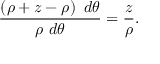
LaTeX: { \frac { \left( \rho + z - \rho \right) \ d \theta } { \rho \ d \theta } } = { \frac { z } { \rho } } .